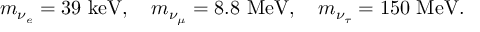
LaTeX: m _ { \nu _ { e } } = 3 9 \mathrm { ~ k e V } , \quad m _ { \nu _ { \mu } } = 8 . 8 \mathrm { ~ M e V } , \quad m _ { \nu _ { \tau } } = 1 5 0 \mathrm { ~ M e V } .